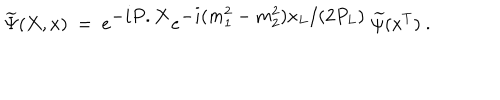
LaTeX: \widetilde \Psi ( X , x ) \ = \ e ^ { { \displaystyle - i P . X } } e ^ { { \displaystyle - i ( m _ { 1 } ^ { 2 } - m _ { 2 } ^ { 2 } ) x _ { L } / ( 2 P _ { L } ) } } \ \widetilde \psi ( x ^ { T } ) \ .